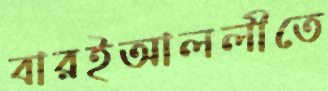
বারইআললীতে